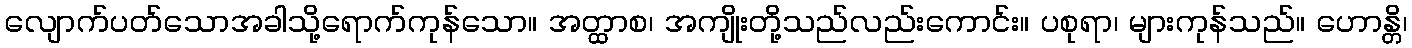
လျောက်ပတ်သောအခါသို့ရောက်ကုန်သော။ အတ္ထာစ၊ အကျိုးတို့သည်လည်းကောင်း။ ပစုရာ၊ များကုန်သည်။ ဟောန္တိ၊